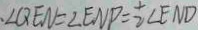
\angle Q E N = \angle E N P = \frac { 1 } { 2 } \angle E N D